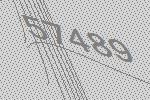
57489